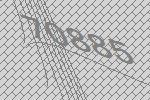
70885